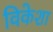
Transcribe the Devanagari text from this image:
विकेशा